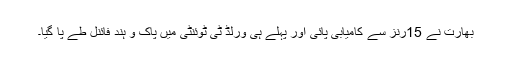
بھارت نے 15رنز سے کامیابی پائی اور پہلے ہی ورلڈ ٹی ٹوئنٹی میں پاک و ہند فائنل طے پا گیا۔